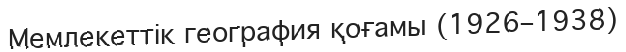
Мемлекеттік география қоғамы (1926–1938)